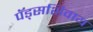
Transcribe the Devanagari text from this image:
पॅड्सशिवाय